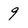
Character: 9